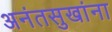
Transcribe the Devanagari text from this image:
अनंतसुखांना